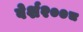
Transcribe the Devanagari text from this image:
वेर्श२००८